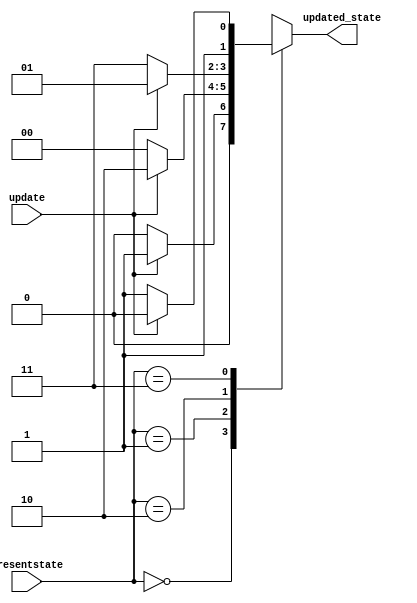
`timescale 1ns / 1ps
//////////////////////////////////////////////////////////////////////////////////
// Company: 
// Engineer: 
// 
// Design Name: 
// Module Name: saturation_counter
// Project Name: 
// Target Devices: 
// Tool Versions: 
// Description: 
// 
// Dependencies: 
// 
// Revision:
// Revision 0.01 - File Created
// Additional Comments:
// 
//////////////////////////////////////////////////////////////////////////////////


module saturation_counter(
  input update,
  input [1:0] presentstate,
  output reg [1:0] updated_state
    );
    
    always @(presentstate,update)
      begin
      case(presentstate)
      2'b00:if(update==1)
            updated_state=2'b01;
            else
            updated_state=2'b00;
     2'b01:if(update==1)
            updated_state=2'b10;
            else
            updated_state=2'b00;
     2'b10:if(update==1)
            updated_state=2'b01;
            else        
            updated_state=2'b11;
     2'b11:if(update==1)
           updated_state=2'b10;
           else
           updated_state=2'b11;       
                  
      endcase
      end 
    
endmodule